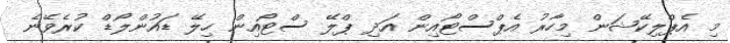
މި އެޕްލިކޭޝަން މިހާރު އެޕްސްޓޯއިން އަދި ޕްލޭ ސްޓޯއިން ހިލޭ ޑައުންލޯޑް ކުރެވޭނެ